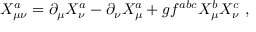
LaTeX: X _ { \mu \nu } ^ { a } = \partial _ { \mu } X _ { \nu } ^ { a } - \partial _ { \nu } X _ { \mu } ^ { a } + g f ^ { a b c } X _ { \mu } ^ { b } X _ { \nu } ^ { c } ~ ,